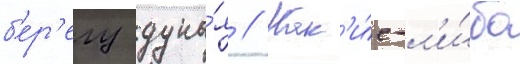
б'ер'егу дуна́я // Как'и́е-л'и́бо